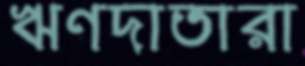
ঋণদাতারা